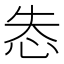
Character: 怣